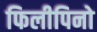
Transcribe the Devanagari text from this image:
फिलीपिनो